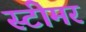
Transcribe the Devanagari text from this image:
स्‍टीमर